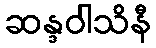
ဆန္ဒဝါသိနီ